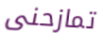
تمازحنى